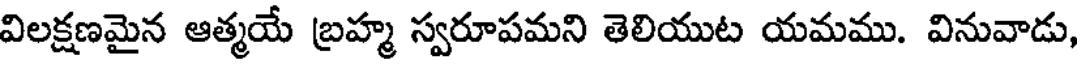
విలక్షణమైన ఆత్మయే బ్రహ్మ స్వరూపమని తెలియుట యమము. వినువాడు,